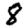
Digit: 8